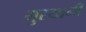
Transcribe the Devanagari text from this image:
गुरयानी